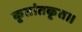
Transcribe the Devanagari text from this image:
कृतांतकृत।।